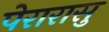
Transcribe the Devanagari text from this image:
पेरारासु